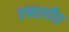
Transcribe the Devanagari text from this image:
एन०पी०